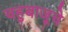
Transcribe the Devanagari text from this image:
चहुबाजूचे